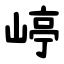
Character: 嵉